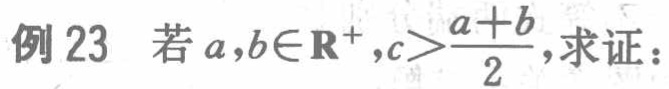
例23 若\(a,b\in\mathbf{R}^{+},c>\frac{a + b}{2}\),求证：